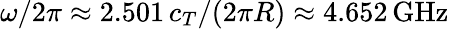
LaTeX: \omega/2\pi\approx 2.501\, c_{T}/(2\pi R)\approx 4.652\, \mathrm{GHz}